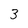
Character: 3